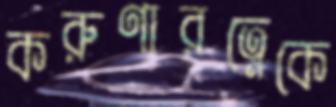
করুণারত্নেকে